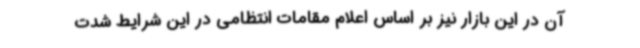
آن در این بازار نیز بر اساس اعلام مقامات انتظامی در این شرایط شدت